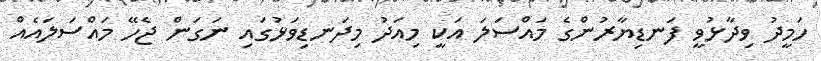
ހަމީދު ވިދާޅުވީ ފަނޑިޔާރުންގެ މައްސަލަ އަކީ މިއަދު މިދަނޑިވަޅުގައި ނަގަން ޖެހޭ މައްސަލައެއް